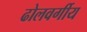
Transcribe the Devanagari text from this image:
ढोलवर्गीय